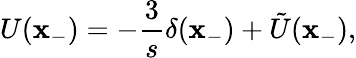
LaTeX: U(\mathbf{x}_{-})=-\frac{{3}}{{s}}\delta(\mathbf{x}_{-})+\tilde{{U}}(\mathbf{x}_{-}),